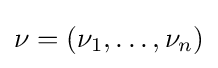
{\textstyle \nu =\left(\nu _{1},\ldots ,\nu _{n}\right)}